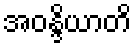
အဝန္ဒိယာတိ